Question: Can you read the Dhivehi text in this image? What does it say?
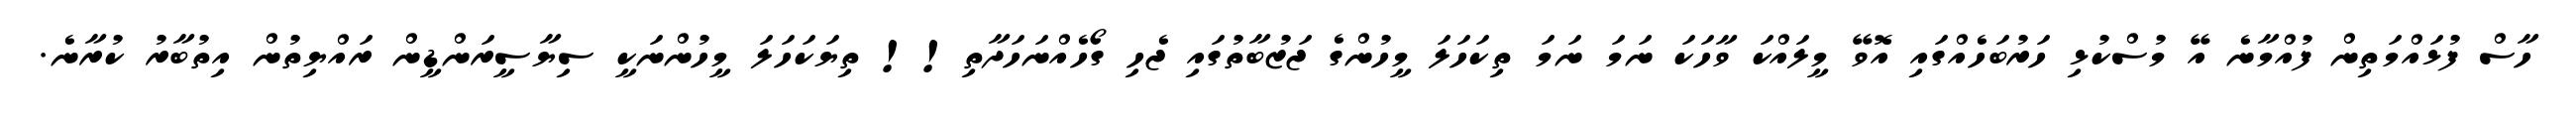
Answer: ހާސް ފުޅައްމަތިން ފުއްމާނެ އޭ މުސްކުޅި ހަރުބަހެއްގައި އޮވޭ މީލައްކަ ވާހަކަ ނަމަ ނަމަ ތިކަހަލަ މީހުންގެ ޖަޒުބާތުގައި ޖެހި ގޯހެއްނަހަދާތި!! ތިޔަކަހަލަ މީހުންނަކީ ސިޔާސީރަންޑީން ރައްޔިތުން އިތުބާރު ކުރާނެ.